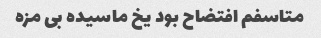
متاسفم افتضاح بود یخ ماسیده بی مزه